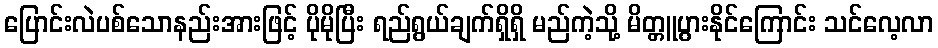
ပြောင်းလဲပစ်သောနည်းအားဖြင့် ပိုမိုပြီး ရည်ရွယ်ချက်ရှိရှိ မည်ကဲ့သို့ မိတ္တူပွားနိုင်ကြောင်း သင်လေ့လာ